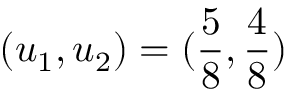
( u _ { 1 } , u _ { 2 } ) = ( \frac { 5 } { 8 } , \frac { 4 } { 8 } )